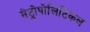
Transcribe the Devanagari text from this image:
मेट्रोपोलिटिकल